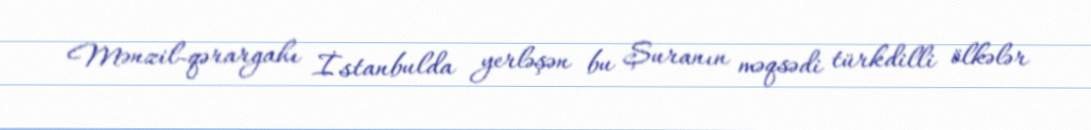
Mənzil-qərargahı İstanbulda yerləşən bu Şuranın məqsədi türkdilli ölkələr